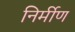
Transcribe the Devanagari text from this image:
निर्मीण